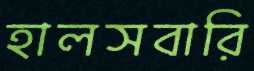
হালসবারি